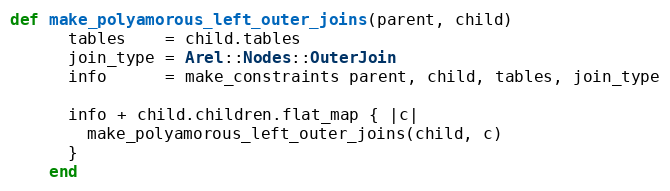
Language: Ruby
def make_polyamorous_left_outer_joins(parent, child)
      tables    = child.tables
      join_type = Arel::Nodes::OuterJoin
      info      = make_constraints parent, child, tables, join_type

      info + child.children.flat_map { |c|
        make_polyamorous_left_outer_joins(child, c)
      }
    end